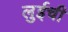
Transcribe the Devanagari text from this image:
लुईची